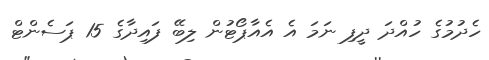
ހެދުމުގެ ހުއްދަ ދީފި ނަމަ އެ އެއާޕޯޓުން ލިބޭ ފައިދާގެ 15 ޕަސެންޓް